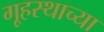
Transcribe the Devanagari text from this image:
गृ्हस्थाच्या